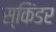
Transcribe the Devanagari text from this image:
स्किंडर